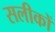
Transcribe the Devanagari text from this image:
सलीकों